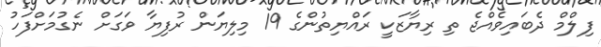
ފިލްމް ދެބައިވެއްޖެ ތި ރިޔާޒަކީ ރައްޔިތުންގެ 19 މިލިޔަން ރުފިޔާ ވަގަށް ނެގުމަށްފަހު